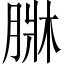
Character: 𦝆